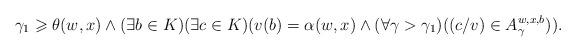
LaTeX: \begin{align*}\gamma_1\geqslant \theta(w,x) \wedge (\exists b\in K) (\exists c\in K) (v(b)=\alpha(w,x) \wedge (\forall \gamma>\gamma_1) ((c/v)\in A_\gamma^{w,x,b})). \end{align*}